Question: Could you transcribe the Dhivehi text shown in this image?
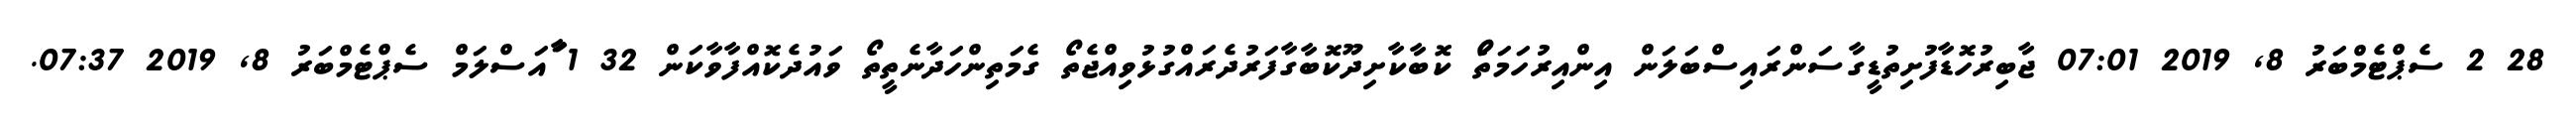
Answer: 28 2 ސެޕްޓެމްބަރު 8, 2019 07:01 ޖާބިރުހޮޑާފުށިތުޑީގާސަންރައިސްބަލަން އިންއިރުހަމަތަޯ ކޮބާކާށިދޫކޮބާގާފަރުދެރައްގުޅުވިއްޖެތޯ ގެމަތިންހަދާނެތީތޯ ވައުދެކޮއްފާވާކަން 32 1 ާައަސްލަމް ސެޕްޓެމްބަރު 8, 2019 07:37.